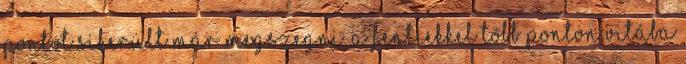
pontot sikerült már megszegni. A fentiekkel több ponton vitába